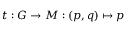
t : G \to M : ( p , q ) \mapsto p